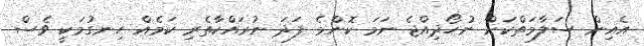
އެއިން ސަލާމަތްކަށް ނުހޯދިއްޖެ ނަމަ ކޮންމެ ފަދަ ނުރައްކާތެރި ކަމެއް ހިނގުމަކީ ވެސް